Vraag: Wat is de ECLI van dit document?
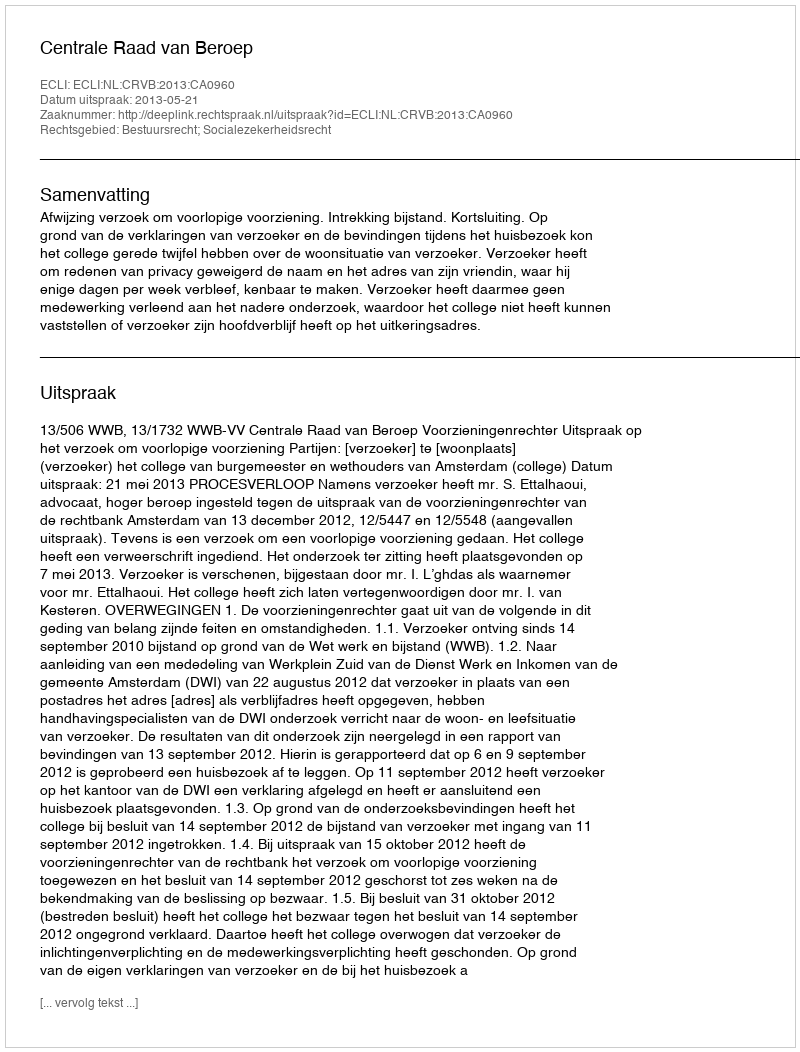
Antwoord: ECLI:NL:CRVB:2013:CA0960